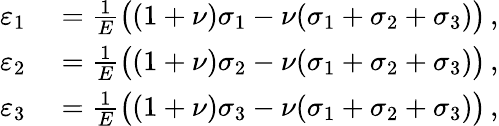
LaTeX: \begin{array}{rl}{\varepsilon_{1}}&{{}={\frac{1}{E}}{\big(}(1+\nu)\sigma_{1}-\nu(\sigma_{1}+\sigma_{2}+\sigma_{3}){\big)}\, ,}\\ {\varepsilon_{2}}&{{}={\frac{1}{E}}{\big(}(1+\nu)\sigma_{2}-\nu(\sigma_{1}+\sigma_{2}+\sigma_{3}){\big)}\, ,}\\ {\varepsilon_{3}}&{{}={\frac{1}{E}}{\big(}(1+\nu)\sigma_{3}-\nu(\sigma_{1}+\sigma_{2}+\sigma_{3}){\big)}\, ,}\end{array}